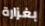
بغزارة